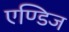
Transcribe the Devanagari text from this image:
एण्डिज